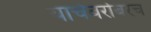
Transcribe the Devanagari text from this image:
याचेबरोबरच